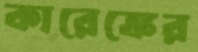
কারেঙ্কের